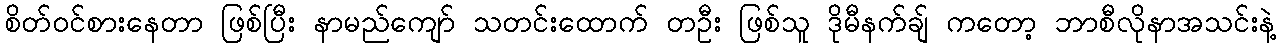
စိတ်ဝင်စားနေတာ ဖြစ်ပြီး နာမည်ကျော် သတင်းထောက် တဦး ဖြစ်သူ ဒိုမီနက်ချ် ကတော့ ဘာစီလိုနာအသင်းနဲ့